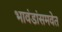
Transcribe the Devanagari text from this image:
भावंडांसमवेत